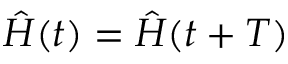
\hat { H } ( t ) = \hat { H } ( t + T )